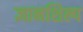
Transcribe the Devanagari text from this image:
ज्ञानशिल्प